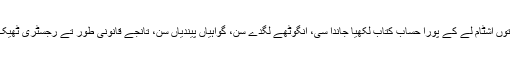
کچہری توں اشٹام لے کے پُورا حساب کتاب لکھیا جاندا سی، انگوٹھے لگدے سن، گواہیاں پیندیاں سن، تانجے قانونی طور تے رجسٹری ٹھیک ہووے۔